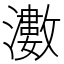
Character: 𱩵